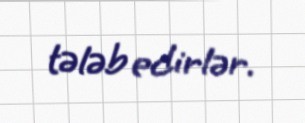
tələb edirlər.